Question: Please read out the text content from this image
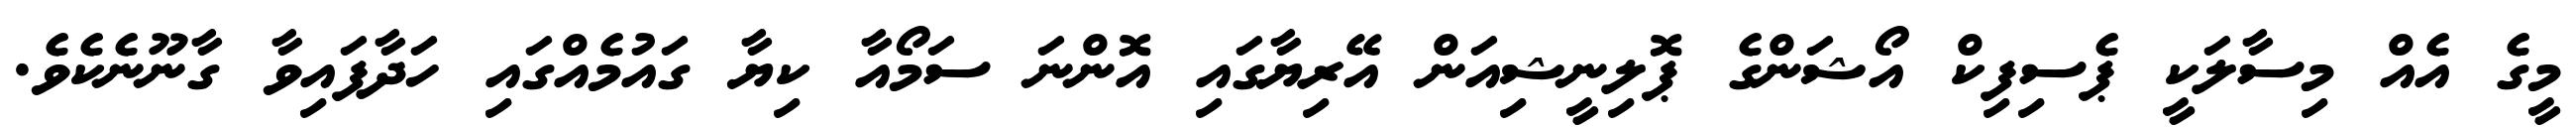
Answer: މީގެ އެއް މިސާލަކީ ޕެސިފިކް އޯޝަންގެ ޕޮލިނީޝިއަން އޭރިޔާގައި އޮންނަ ސަމޯއާ ކިޔާ ގައުމެއްގައި ހަދާފައިވާ ގާނޫނެކެވެ.